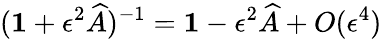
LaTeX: (\mathbf{1}+\epsilon^{2}\widehat{A})^{-1}=\mathbf{1}-\epsilon^{2}\widehat{A}+O(\epsilon^{4})